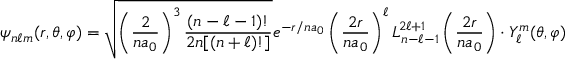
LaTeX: \psi _ { n \ell m } ( r , \theta , \varphi ) = { \sqrt { \left( { \frac { 2 } { n a _ { 0 } } } \right) ^ { 3 } { \frac { ( n - \ell - 1 ) ! } { 2 n [ ( n + \ell ) ! ] } } } } e ^ { - r / n a _ { 0 } } \left( { \frac { 2 r } { n a _ { 0 } } } \right) ^ { \ell } L _ { n - \ell - 1 } ^ { 2 \ell + 1 } \left( { \frac { 2 r } { n a _ { 0 } } } \right) \cdot Y _ { \ell } ^ { m } ( \theta , \varphi )